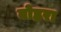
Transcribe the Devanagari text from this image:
बोह्ररा